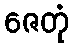
ဇေတုံ